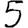
Digit: 5